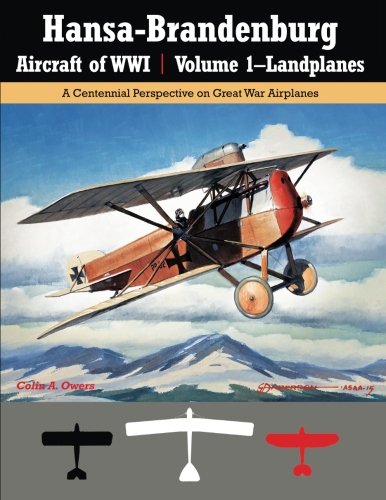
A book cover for Hansa-Brandenburg Aircraft of WWI | Volume 1-Landplanes: A Centennial Perspective on Great War Airplanes (Great War Aviation Series) (Volume 17); Colin A. Owers; History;